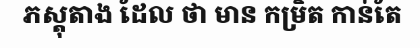
ភស្តុតាង ដែល ថា មាន កម្រិត កាន់តែ